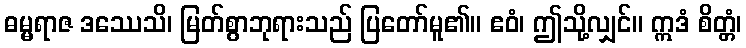
ဓမ္မရာဇ ဒဿေသိ၊ မြတ်စွာဘုရားသည် ပြတော်မူ၏။ ဧဝံ၊ ဤသို့လျှင်။ ဣဒံ စိတ္တံ၊